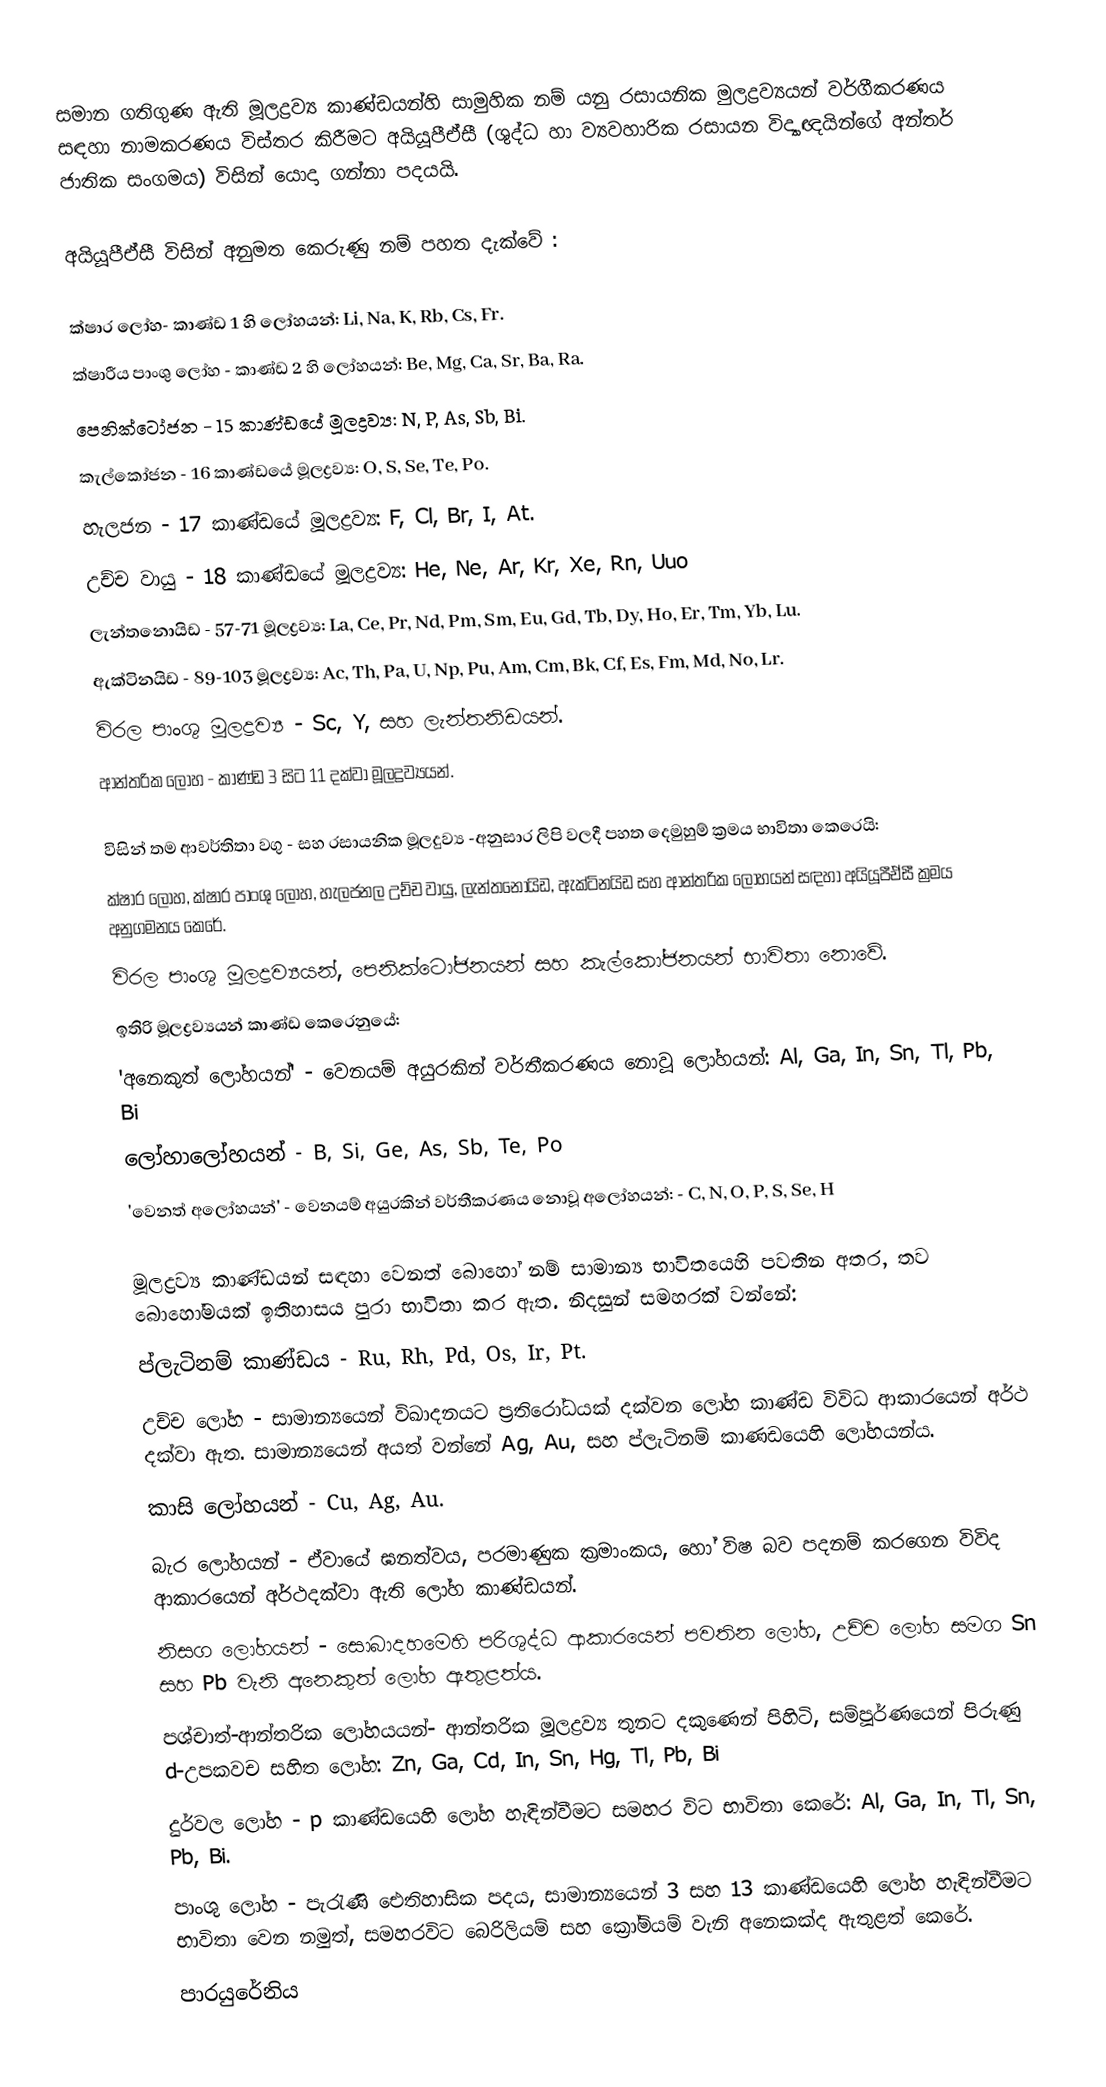
සමාන ගතිගුණ ඇති මූලද්‍රව්‍ය කාණ්ඩයන්හි සාමුහික නම් යනු  රසායනික මුලද්‍රව්‍යයන්  වර්ගීකරණය  සඳහා  නාමකරණය විස්තර කිරීමට  අයියූපීඒසී (ශුද්ධ හා ව්‍යවහාරික රසායන විද්‍යාඥයින්ගේ අන්තර් ජාතික සංගමය) විසින්  යොදා ගන්නා පදයයි.

අයියූපීඒසී විසින් අනුමත කෙරුණු නම් පහත දැක්වේ :

ක්ෂාර ලෝහ- කාණ්ඩ 1 හි ලෝහයන්: Li, Na, K, Rb, Cs, Fr.
ක්ෂාරීය පාංශු ලෝහ - කාණ්ඩ 2 හි ලෝහයන්: Be, Mg, Ca, Sr, Ba, Ra.
පෙනික්ටෝජන - 15 කාණ්ඩයේ මූලද්‍රව්‍ය: N, P, As, Sb, Bi.
කැල්කෝජන - 16 කාණ්ඩයේ මූලද්‍රව්‍ය: O, S, Se, Te, Po.
හැලජන - 17 කාණ්ඩයේ මූලද්‍රව්‍ය: F, Cl, Br, I, At.
උච්ච වායු - 18 කාණ්ඩයේ මූලද්‍රව්‍ය: He, Ne, Ar, Kr, Xe, Rn, Uuo
ලැන්තනොයිඩ - 57-71 මූලද්‍රව්‍ය: La, Ce, Pr, Nd, Pm, Sm, Eu, Gd, Tb, Dy, Ho, Er, Tm, Yb, Lu.
ඇක්ටිනයිඩ - 89-103 මූලද්‍රව්‍ය: Ac, Th, Pa, U, Np, Pu, Am, Cm, Bk, Cf, Es, Fm, Md, No, Lr.
විරල පාංශු මූලද්‍රව්‍ය - Sc, Y, සහ ලැන්තනිඩයන්.
ආන්තරික ලෝහ - කාණ්ඩ 3 සිට 11 දක්වා මූලද්‍රව්‍යයන්.

 විසින් තම  ආවර්තිතා වගු - සහ  රසායනික මූලදුව්‍ය -අනුසාර ලිපි වලදී පහත දෙමුහුම් ක්‍රමය භාවිතා කෙරෙයි:
 ක්ෂාර ලෝහ, ක්ෂාර පාංශු ලෝහ, හැලජනල උච්ච වායු, ලැන්තනොයිඩ, ඇක්ටිනයිඩ සහ ආන්තරික  ලෝහයන් සඳහා අයියූපීඒසී ක්‍රමය අනුගමනය කෙරේ.
විරල පාංශු මූලද්‍රව්‍යයන්, පෙනික්ටෝජනයන් සහ කැල්කෝජනයන් භාවිතා නොවේ.
ඉතිරි මූලද්‍රව්‍යයන් කාණ්ඩ කෙරෙනුයේ:
'අනෙකුත් ලෝහයන්' - වෙනයම් අයුරකින් වර්තීකරණය නොවූ ලෝහයන්: Al, Ga, In, Sn, Tl, Pb, Bi
ලෝහාලෝහයන් - B, Si, Ge, As, Sb, Te, Po
'වෙනත් අලෝහයන්' - වෙනයම් අයුරකින් වර්තීකරණය නොවූ අලෝහයන්: - C, N, O, P, S, Se, H

මූලද්‍රව්‍ය කාණ්ඩයන් සඳහා වෙනත් බොහෝ නම් සාමාන්‍ය භාවිතයෙහි පවතින අතර, තව බොහෝමයක් ඉතිහාසය පුරා භාවිතා කර ඇත. නිදසුන් සමහරක් වන්නේ:
ප්ලැටිනම් කාණ්ඩය - Ru, Rh, Pd, Os, Ir, Pt.
උච්ච ලෝහ - සාමාන්‍යයෙන් විඛාදනයට ප්‍රතිරෝධයක් දක්වන ලෝහ කාණ්ඩ විවිධ ආකාරයෙන් අර්ථ දක්වා ඇත. සාමාන්‍යයෙන් අයත් වන්නේ Ag, Au, සහ ප්ලැටිනම් කාණඩයෙහි ලෝහයන්ය.
කාසි ලෝහයන් - Cu, Ag, Au.
බැර ලෝහයන් - ඒවා‍යේ ඝනත්වය, පරමාණුක ක්‍රමාංකය, හෝ විෂ බව පදනම් කරගෙන විවිද ආකාරයෙන් අර්ථදක්වා ඇති ලෝහ කාණ්ඩයන්.
නිසග ලෝහයන් - සොබාදහමෙහි පරිශුද්ධ ආකාරයෙන් පවතින ලෝහ, උච්ච ලෝහ සමග  Sn සහ Pb වැනි අනෙකුත් ලෝහ ඇතුළත්ය.
පශ්චාත්-ආන්තරික ලෝහයයන්- ආන්තරික මූලද්‍රව්‍ය තුනට දකුණෙන් පිහිටි,  සම්පූර්ණයෙන් පිරුණු  d-උපකවච සහිත ලෝහ: Zn, Ga, Cd, In, Sn, Hg, Tl, Pb, Bi
දුර්වල ලෝහ - p කාණ්ඩයෙහි ලෝහ හැඳින්වීමට සමහර විට භාවිතා කෙරේ: Al, Ga, In, Tl, Sn, Pb, Bi.
පාංශු ලෝහ - පැරැණි ඓතිහාසික පදය, සාමාන්‍යයෙන්  3 සහ 13 කාණ්ඩයෙහි ලෝහ හැඳින්වීමට භාවිතා වෙන නමුත්, සමහරවිට  බෙරිලියම් සහ ක්‍රෝමියම් වැනි අනෙකක්ද ඇතුළත් කෙරේ.
පාරයුරේනිය